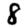
Digit: 8